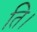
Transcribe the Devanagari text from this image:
ति।